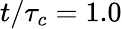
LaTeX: t/\tau_{c}=1.0